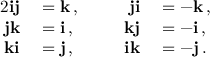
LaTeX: \begin{array} { r l r l } { { 2 } \mathbf { i j } } & { { } = \mathbf { k } \, , } & { \qquad \mathbf { j i } } & { { } = - \mathbf { k } \, , } \\ { \mathbf { j k } } & { { } = \mathbf { i } \, , } & { \mathbf { k j } } & { { } = - \mathbf { i } \, , } \\ { \mathbf { k i } } & { { } = \mathbf { j } \, , } & { \mathbf { i k } } & { { } = - \mathbf { j } \, . } \end{array}